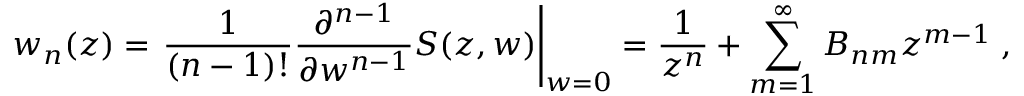
w _ { n } ( z ) = \left. \frac { 1 } { ( n - 1 ) ! } \frac { \partial ^ { n - 1 } } { \partial w ^ { n - 1 } } S ( z , w ) \right| _ { w = 0 } = \frac { 1 } { z ^ { n } } + \sum _ { m = 1 } ^ { \infty } B _ { n m } z ^ { m - 1 } \; ,